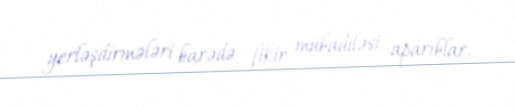
yerləşdirmələri barədə fikir mübadiləsi aparıblar.